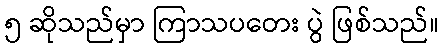
၅ ဆိုသည်မှာ ကြာသပတေး ပွဲ ဖြစ်သည်။